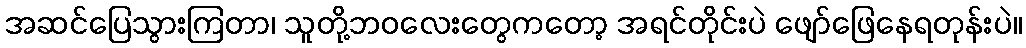
အဆင်ပြေသွားကြတာ၊ သူတို့ဘဝလေးတွေကတော့ အရင်တိုင်းပဲ ဖျော်ဖြေနေရတုန်းပဲ။